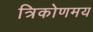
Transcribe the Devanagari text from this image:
त्रिकोणमय